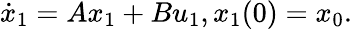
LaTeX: {\dot{x}}_{1}=Ax_{1}+Bu_{1},x_{1}(0)=x_{0}.